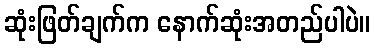
ဆုံးဖြတ်ချက်က နောက်ဆုံးအတည်ပါပဲ။